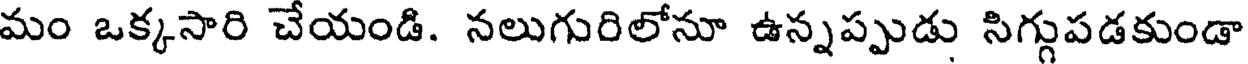
మం ఒక్కసారి చేయండి. నలుగురిలోనూ ఉన్నప్పుడు సిగ్గుపడకుండా